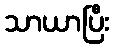
သာယာပြီး